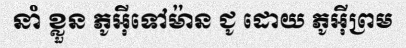
នាំ ខ្លួន ភូអ៊ីទៅម៉ាន ជូ ដោយ ភូអ៊ីព្រម